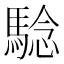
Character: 騐